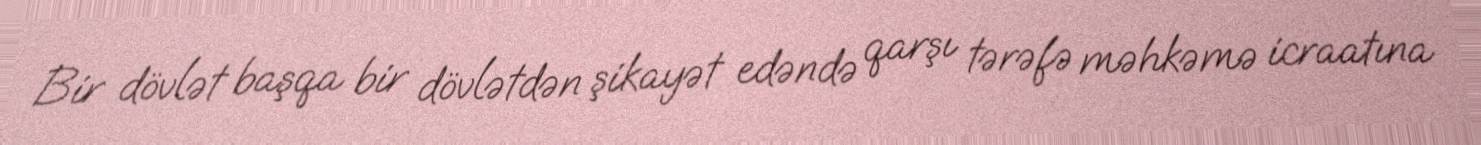
Bir dövlət başqa bir dövlətdən şikayət edəndə qarşı tərəfə məhkəmə icraatına